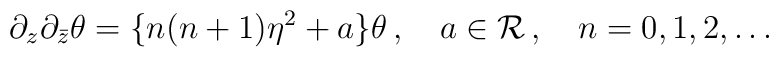
\partial_z\partial_{\bar{z}}\theta=\{n(n+1)\eta^2+a\}\theta\,,\quad a\in{\cal R}\,,\quad n=0,1,2,\ldots